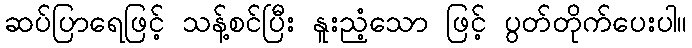
ဆပ်ပြာရေဖြင့် သန့်စင်ပြီး နူးညံ့သော ဖြင့် ပွတ်တိုက်ပေးပါ။